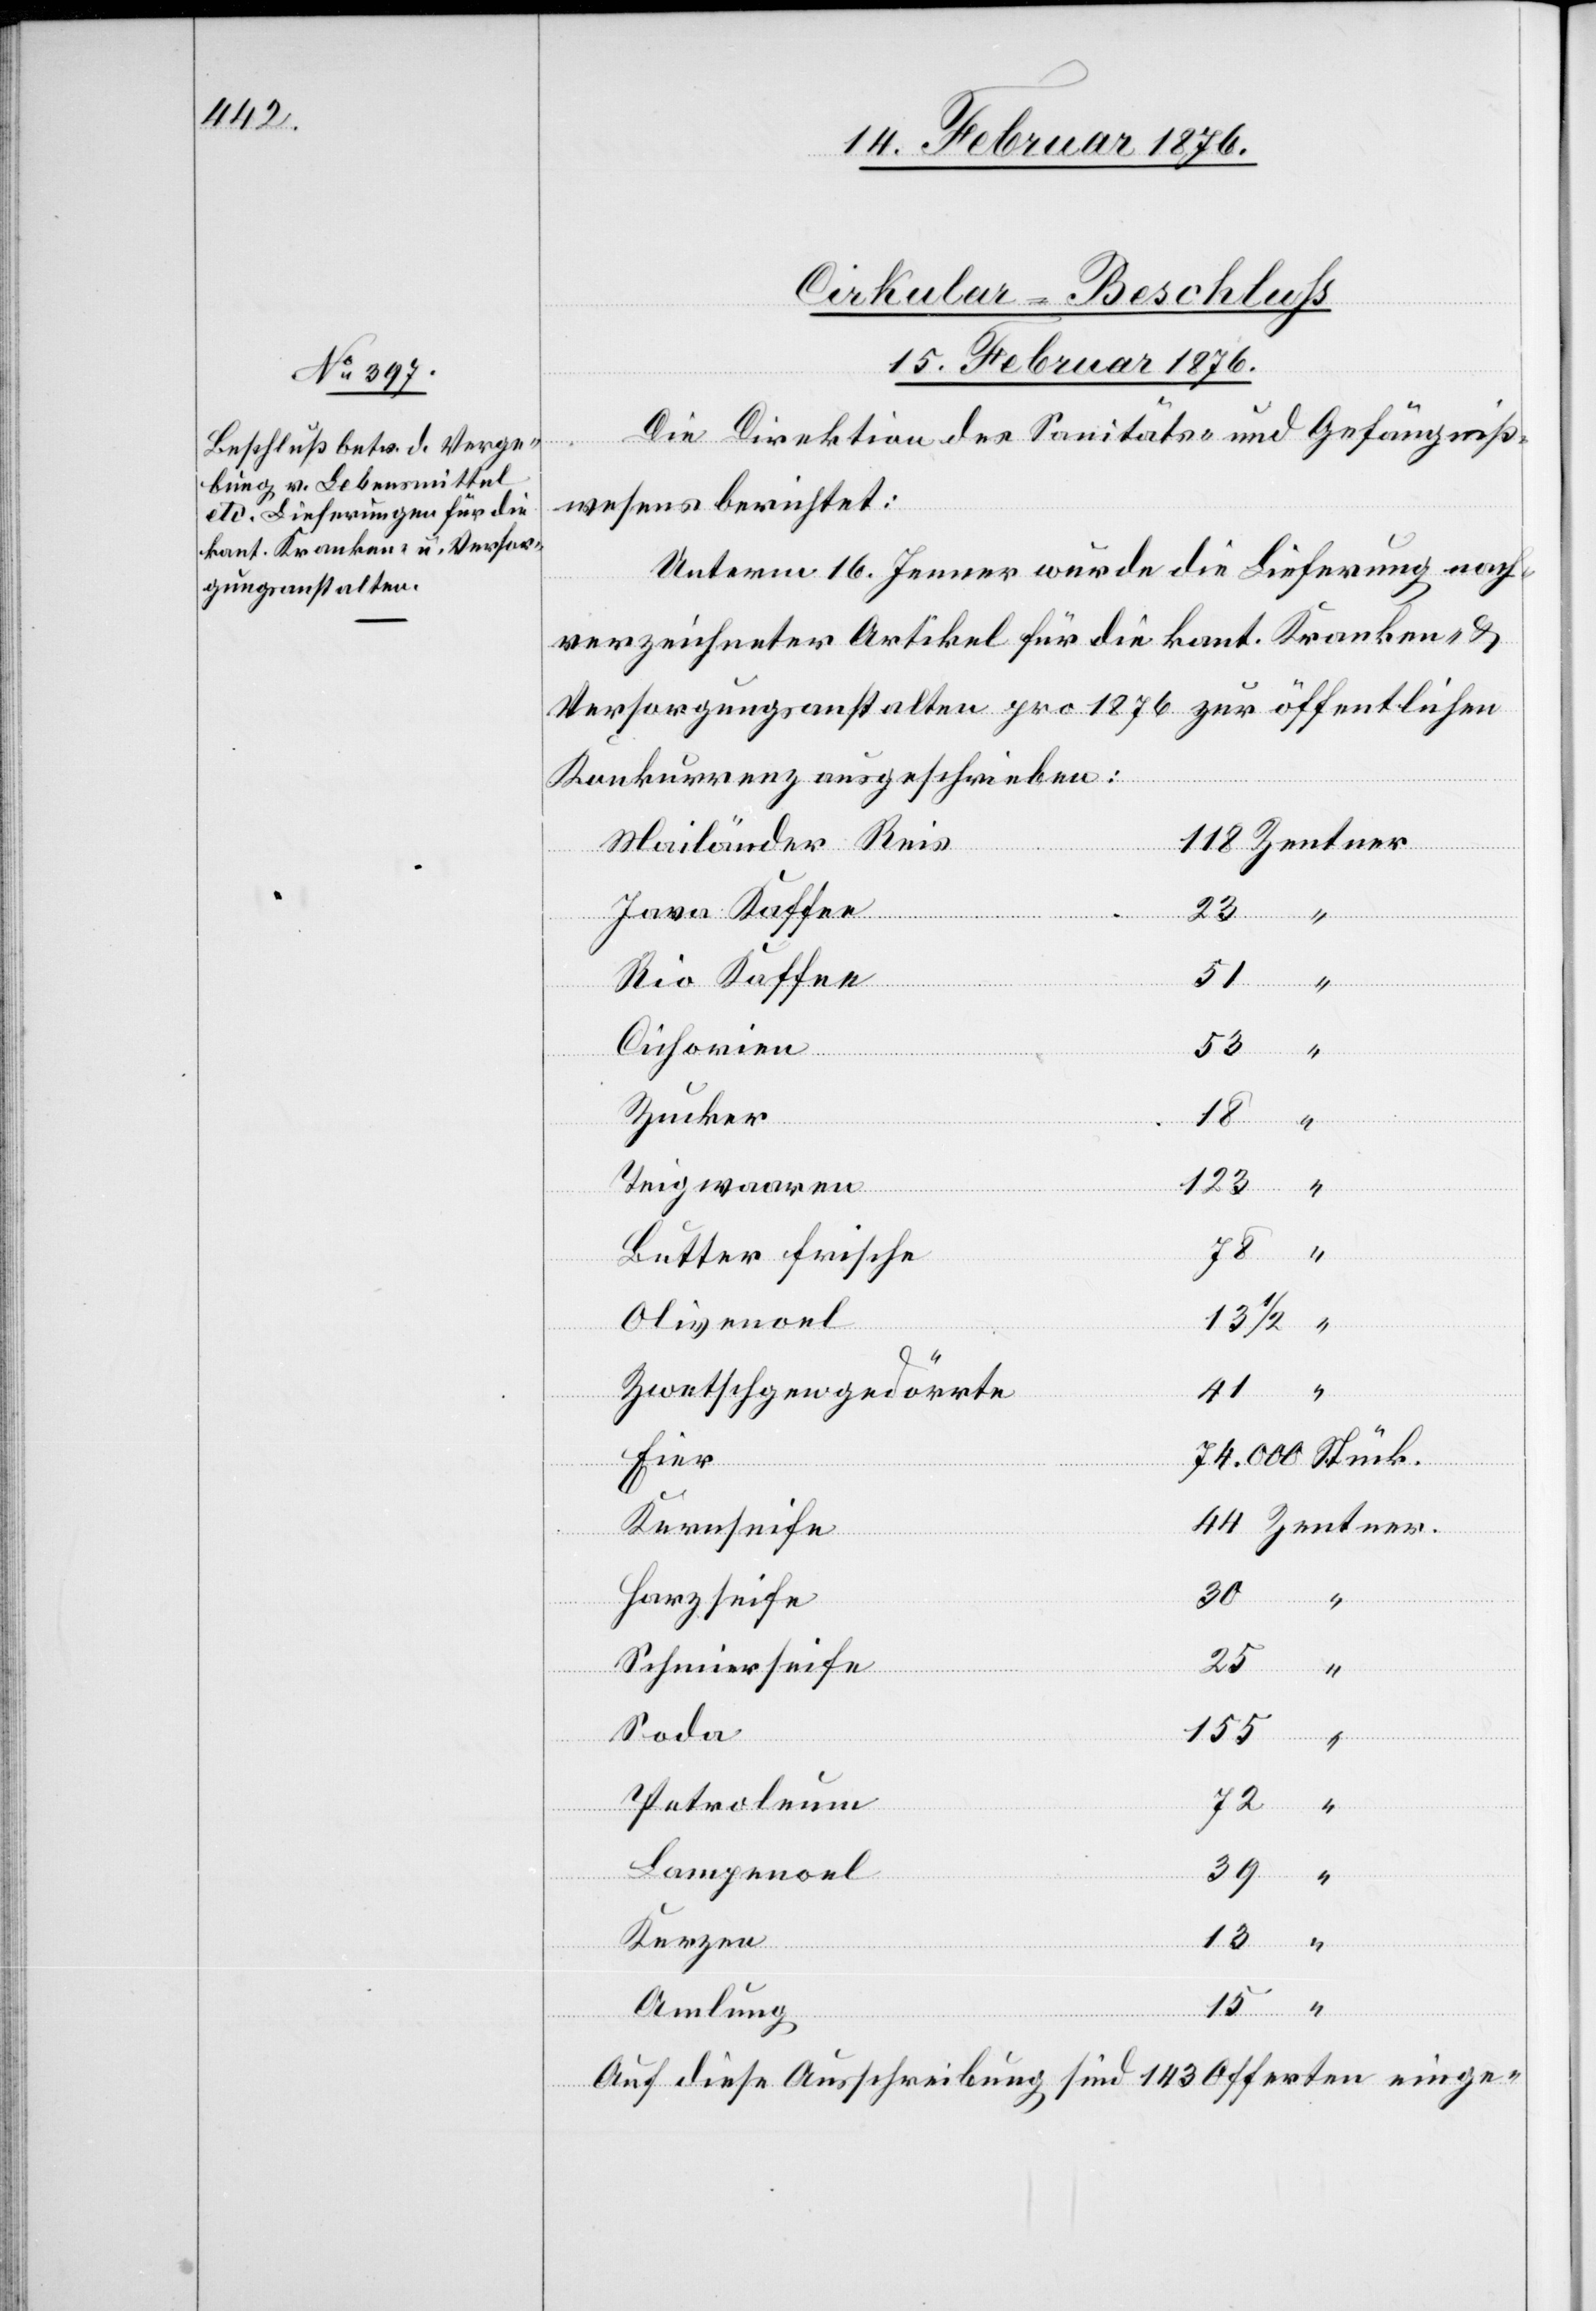
Cirkular-Beschluss
15. Februar 1876.
Die Direktion des Sanitäts- und Gefängniß¬
wesens berichtet:
Unterm 16. Jenner wurde die Lieferung nach¬
verzeichneter Artikel für die kant. Kranken- &
Versorgungsanstalten pro 1876 zur öffentlichen
Konkurrenz ausgeschrieben:
Mailänder Reis
Java Kaffee
23
51
Rio Kaffee
Zentner
Cichorien
53
Zucker
“
Teigwaaren
123
Butter frische
Olivenoel
13 1/2
“
Zwetschgen gedörrte
44
Eier
74.000
Stück
Kernseife
Harzseife
30
25
Schmierseife
Soda
“
155
“
Petroleum
“
Lampenoel
39
15
Kerzen
Amlung
“
Auf diese Ausschreibung sind 143 Offerten einge-